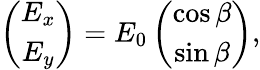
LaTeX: \begin{array}{r}{\left(\begin{array}{c}{E_{x}}\\ {E_{y}}\end{array}\right)=E_{0}\left(\begin{array}{c}{\cos\beta}\\ {\sin\beta}\end{array}\right),}\end{array}